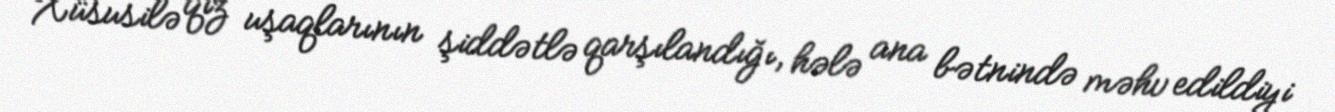
Xüsusilə qız uşaqlarının şiddətlə qarşılandığı, hələ ana bətnində məhv edildiyi